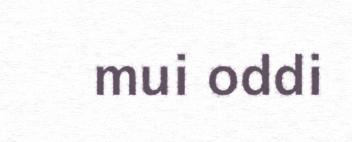
mui oddi